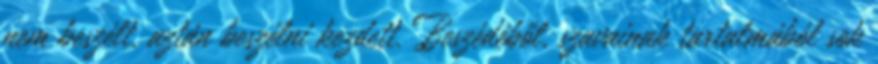
nem beszélt, aztán beszélni kezdett. Beszédéből, szavainak tartalmából sok